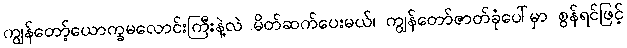
ကျွန်တော့်ယောက္ခမလောင်းကြီးနဲ့လဲ မိတ်ဆက်ပေးမယ်၊ ကျွန်တော်ဇာတ်ခုံပေါ်မှာ စွန်ရင်ဖြင့်